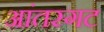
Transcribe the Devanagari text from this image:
आंतरगट